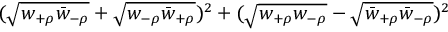
( \sqrt { w _ { + \rho } \bar { w } _ { - \rho } } + \sqrt { w _ { - \rho } \bar { w } _ { + \rho } } ) ^ { 2 } + ( \sqrt { w _ { + \rho } w _ { - \rho } } - \sqrt { \bar { w } _ { + \rho } \bar { w } _ { - \rho } } ) ^ { 2 }